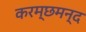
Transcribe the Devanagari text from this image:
करम्छमन्द